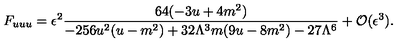
F _ { u u u } = { { \epsilon ^ { 2 } } } \frac { 6 4 ( - 3 u + 4 m ^ { 2 } ) } { - 2 5 6 u ^ { 2 } ( u - m ^ { 2 } ) + 3 2 \Lambda ^ { 3 } m ( 9 u - 8 m ^ { 2 } ) - 2 7 \Lambda ^ { 6 } } + { \cal O } ( \epsilon ^ { 3 } ) .